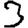
Digit: 3